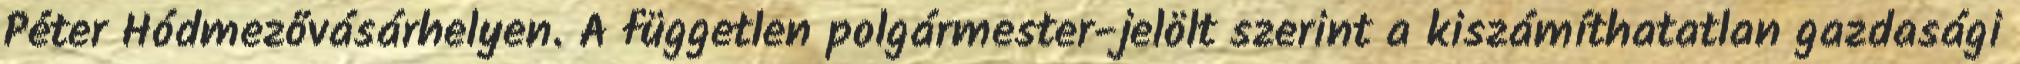
Péter Hódmezővásárhelyen. A független polgármester-jelölt szerint a kiszámíthatatlan gazdasági